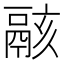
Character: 𩰶